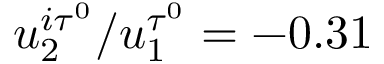
u _ { 2 } ^ { i \tau ^ { 0 } } / u _ { 1 } ^ { \tau ^ { 0 } } = - 0 . 3 1